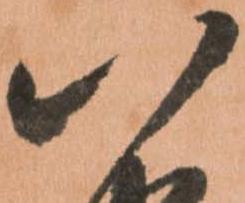
八